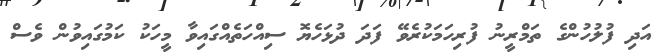
އަދި ފުލުހުންގެ ތަމްރީނު ފުރިހަމަކުރެވޭ ފަދަ ދުޅަހެޔޮ ސިއްހަތެއްގައިވާ މީހަކު ކަމުގައިވުން ވެސް